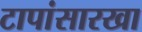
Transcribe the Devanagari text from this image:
टापांसारखा